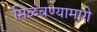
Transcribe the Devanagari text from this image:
मिळवण्यामागे